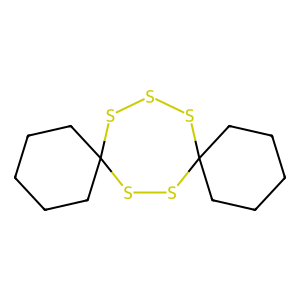
SMILES: C1CCC2(CC1)SSSC1(CCCCC1)SS2
Inhibits HIV replication: No